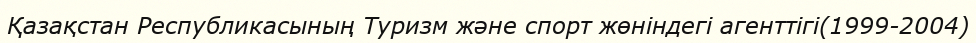
Қазақстан Республикасының Туризм және спорт жөніндегі агенттігі(1999-2004)